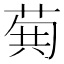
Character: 𮏐